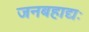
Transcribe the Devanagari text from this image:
जनबहाद्यः